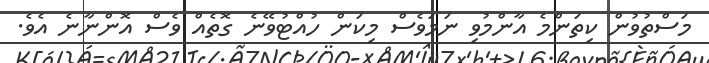
މަސްތުވުން ކިތަންމެ އާންމުވި ނަމަވެސް މިކަން ހުއްޓުވޭނެ ގޮތެއް ވެސް އޮންނާނެ އެވެ.